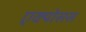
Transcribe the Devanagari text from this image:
एक्पोसस